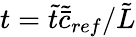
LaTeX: t=\tilde{t}\tilde{\bar{c}}_{ref}/\tilde{L}